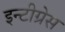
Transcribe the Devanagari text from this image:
इन्टीग्रेस